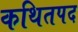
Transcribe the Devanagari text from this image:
कथितपद